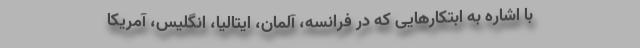
با اشاره به ابتکارهایی که در فرانسه، آلمان، ایتالیا، انگلیس، آمریکا